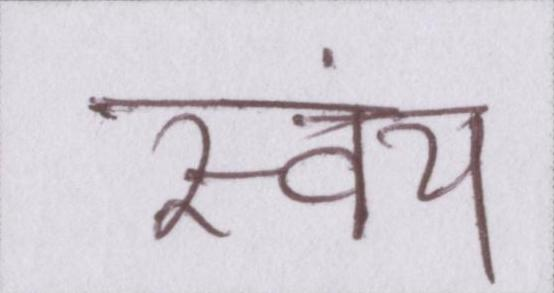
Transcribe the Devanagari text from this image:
स्वंय